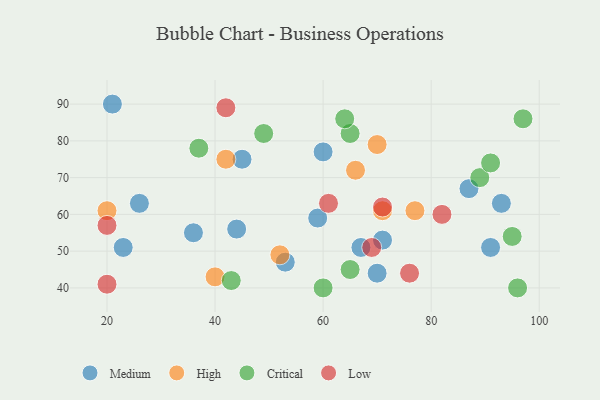
{"axis": {"x": "GDP", "y": "Life Expectancy"}, "legend": ["Critical", "High", "Low", "Medium"], "data": [{"x": "71", "y": 53, "type": "Medium"}, {"x": "70", "y": 44, "type": "Medium"}, {"x": "45", "y": 75, "type": "Medium"}, {"x": "93", "y": 63, "type": "Medium"}, {"x": "59", "y": 59, "type": "Medium"}, {"x": "36", "y": 55, "type": "Medium"}, {"x": "87", "y": 67, "type": "Medium"}, {"x": "21", "y": 90, "type": "Medium"}, {"x": "91", "y": 51, "type": "Medium"}, {"x": "23", "y": 51, "type": "Medium"}, {"x": "26", "y": 63, "type": "Medium"}, {"x": "53", "y": 47, "type": "Medium"}, {"x": "67", "y": 51, "type": "Medium"}, {"x": "60", "y": 77, "type": "Medium"}, {"x": "44", "y": 56, "type": "Medium"}, {"x": "66", "y": 72, "type": "High"}, {"x": "77", "y": 61, "type": "High"}, {"x": "52", "y": 49, "type": "High"}, {"x": "40", "y": 43, "type": "High"}, {"x": "20", "y": 61, "type": "High"}, {"x": "70", "y": 79, "type": "High"}, {"x": "71", "y": 61, "type": "High"}, {"x": "42", "y": 75, "type": "High"}, {"x": "49", "y": 82, "type": "Critical"}, {"x": "89", "y": 70, "type": "Critical"}, {"x": "96", "y": 40, "type": "Critical"}, {"x": "65", "y": 82, "type": "Critical"}, {"x": "97", "y": 86, "type": "Critical"}, {"x": "60", "y": 40, "type": "Critical"}, {"x": "65", "y": 45, "type": "Critical"}, {"x": "37", "y": 78, "type": "Critical"}, {"x": "91", "y": 74, "type": "Critical"}, {"x": "43", "y": 42, "type": "Critical"}, {"x": "95", "y": 54, "type": "Critical"}, {"x": "64", "y": 86, "type": "Critical"}, {"x": "20", "y": 41, "type": "Low"}, {"x": "20", "y": 57, "type": "Low"}, {"x": "42", "y": 89, "type": "Low"}, {"x": "61", "y": 63, "type": "Low"}, {"x": "76", "y": 44, "type": "Low"}, {"x": "69", "y": 51, "type": "Low"}, {"x": "82", "y": 60, "type": "Low"}, {"x": "71", "y": 62, "type": "Low"}]}